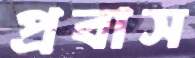
প্রবাস